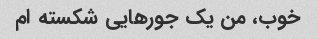
خوب، من یک جورهایی شکسته ام